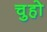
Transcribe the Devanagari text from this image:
चुहो